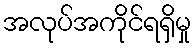
အလုပ်အကိုင်ရရှိမှု